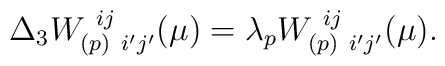
\Delta_{3} W^{\ ij}_{(p)\ i'j'}(\mu) = \lambda_{p}W^{\ ij}_{(p)\ i'j'}(\mu).